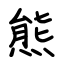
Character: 熊